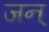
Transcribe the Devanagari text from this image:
जन्‌